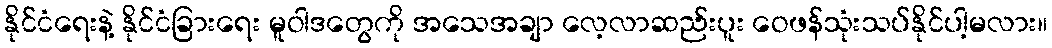
နိုင်ငံရေးနဲ့ နိုင်ငံခြားရေး မူဝါဒတွေကို အသေအချာ လေ့လာဆည်းပူး ဝေဖန်သုံးသပ်နိုင်ပါ့မလား။